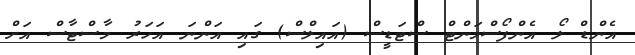
އެންޑް ލޯ އެންފޯސްމަންޓް ސްޓަޑީސް (އައިލްސް) ގައި އަންނަ އަހަރު މާސްޓާސް އަށް